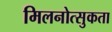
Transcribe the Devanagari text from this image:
मिलनोत्सुकता